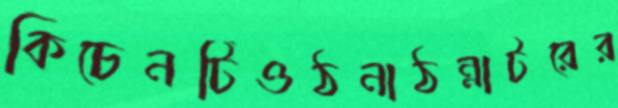
কিচেনটিওঠনাঠন্‌নাটরের